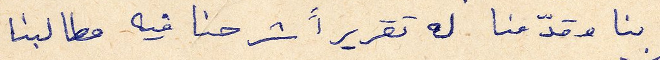
بنا وقدّمنا له تقريراً شرحنا في مطالبنا